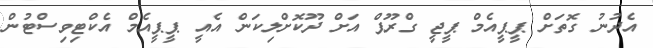
އެދުނު ގޮތަށް ޕީޕީއެމް ޕީޖީ ގްރޫޕް އަށް ދޫކޮށްލިކަން އެއީ ޕީޕީއެމް އެކްޓިވިސްޓުން